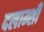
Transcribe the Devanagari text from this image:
दलाम्शी